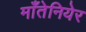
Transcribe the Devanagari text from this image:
माँतेनियेर